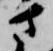
さ